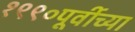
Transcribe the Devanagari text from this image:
१९९०पूर्वीच्या